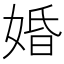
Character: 婚